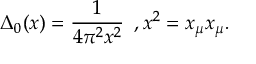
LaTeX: \Delta _ { 0 } ( x ) = \frac { 1 } { 4 \pi ^ { 2 } x ^ { 2 } } \, \, \, , x ^ { 2 } = x _ { \mu } x _ { \mu } .